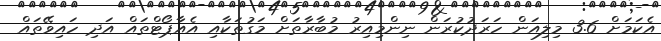
އެކަމަށް 3.6 މިލިއަން ހަރަދުކުރަން ނިންމިއިރު މުބާރާތަށް މަގުތަކާއި އެއާޕޯޓްތައް އަދި ހައިވޭތައް